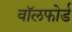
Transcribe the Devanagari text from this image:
वॉलफोर्ड